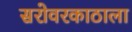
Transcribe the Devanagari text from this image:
सरोवरकाठाला